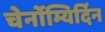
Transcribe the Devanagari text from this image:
चेर्नोम्यिर्दिन